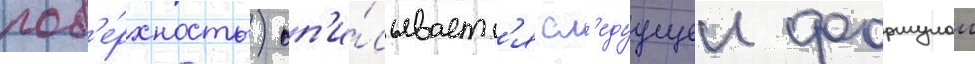
пов'е́рхность) оп'и́сываетс'я сл'едуущеи формулои